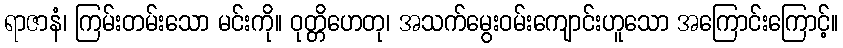
ရာဇာနံ၊ ကြမ်းတမ်းသော မင်းကို။ ဝုတ္တိဟေတု၊ အသက်မွေးဝမ်းကျောင်းဟူသော အကြောင်းကြောင့်။